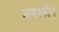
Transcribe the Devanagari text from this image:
अगस्तीन